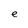
Character: e